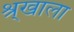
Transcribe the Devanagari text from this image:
श्र्‌खाला